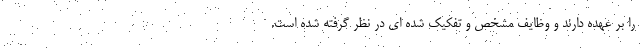
را بر عهده دارند و وظایف مشخص و تفکیک شده ای در نظر گرفته شده است.